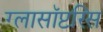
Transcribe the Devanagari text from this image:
ग्लासॉप्टरिस